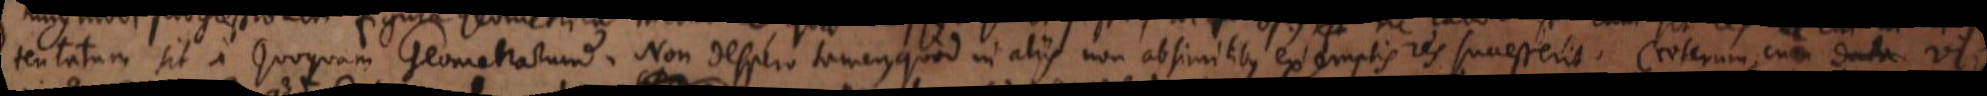
tentatum sit a quoquam Geometrarum. Non despero tamen, quod in aliis non ab similibus exemplis res successerit. Caeterum: cum data vi,